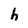
Character: h